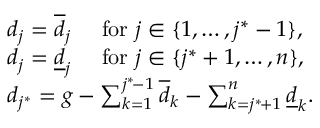
\begin{array} { r l } & { d _ { j } = \overline { { d } } _ { j } \quad \mathrm { ~ f o r ~ } j \in \{ 1 , \dots , j ^ { * } - 1 \} , } \\ & { d _ { j } = \underline { { d } } _ { j } \quad \mathrm { ~ f o r ~ } j \in \{ j ^ { * } + 1 , \dots , n \} , } \\ & { d _ { j ^ { * } } = g - \sum _ { k = 1 } ^ { j ^ { * } \! - 1 } \overline { { d } } _ { k } - \sum _ { k = j ^ { * } \! + 1 } ^ { n } \underline { { d } } _ { k } . } \end{array}